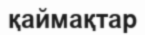
қаймақтар